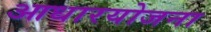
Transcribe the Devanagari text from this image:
आधारयोजना